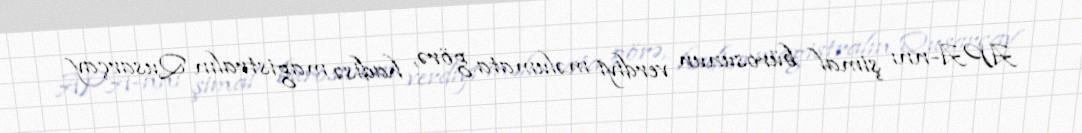
APA-nnı şimal bürosunun verdiyi məlumata görə, hadisə magistralın Qusarçay